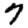
Digit: 7